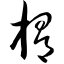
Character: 榍